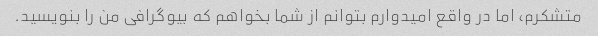
متشکرم، اما در واقع امیدوارم بتوانم از شما بخواهم که بیوگرافی من را بنویسید.